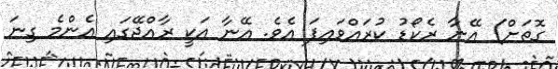
ގޮތަށް) އޭނާ ރެކޯޑު ކުރައްވައިފަ އެވެ. އޭނާ އަކީ ރާއްޖޭގައި އެންމެ ގިނަ